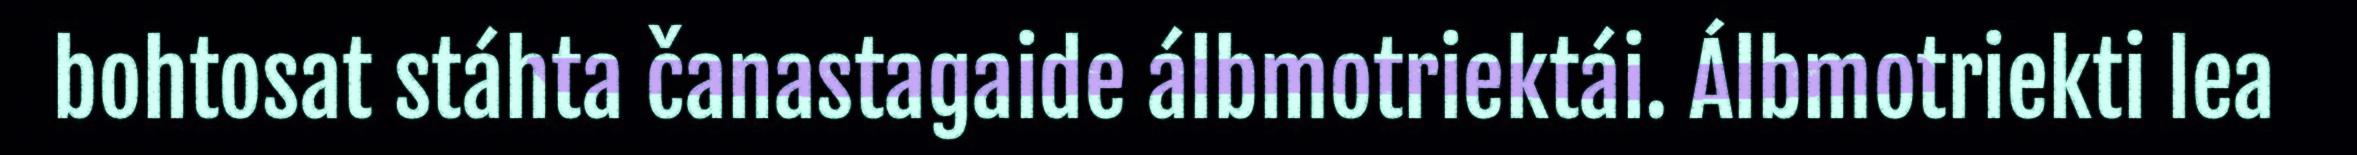
bohtosat stáhta čanastagaide álbmotriektái. Álbmotriekti lea